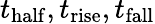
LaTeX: t_{\mathrm{half}},t_{\mathrm{rise}},t_{\mathrm{fall}}